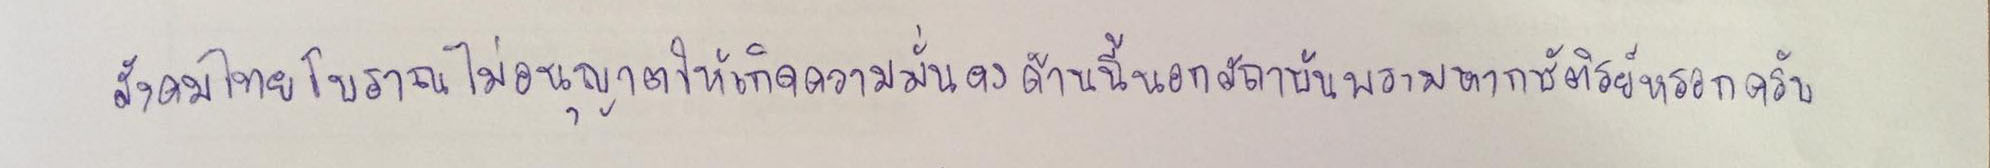
สังคมไทยโบราณไม่อนุญาตให้เกิดความมั่นคงด้านนี้นอกสถาบันพระมหากษัติรย์หรอกครับ